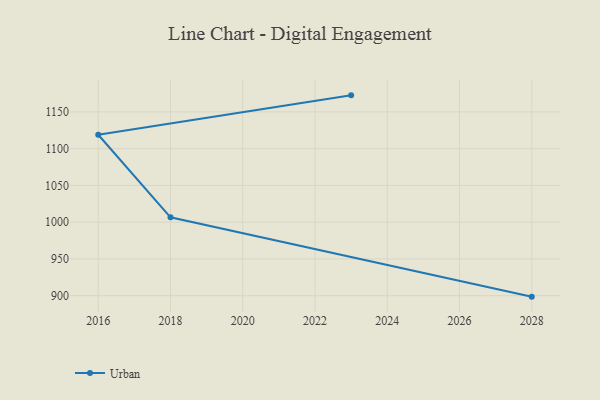
{"axis": {"x": "Year", "y": "Operating Costs (USD K)"}, "legend": ["Urban"], "data": [{"x": "2023", "y": 1172.5, "type": "Urban"}, {"x": "2016", "y": 1118.9, "type": "Urban"}, {"x": "2018", "y": 1006.6, "type": "Urban"}, {"x": "2028", "y": 898.7, "type": "Urban"}]}